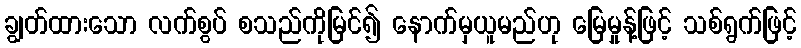
ချွတ်ထားသော လက်စွပ် စသည်ကိုမြင်၍ နောက်မှယူမည်ဟု မြေမှုန့်ဖြင့် သစ်ရွက်ဖြင့်